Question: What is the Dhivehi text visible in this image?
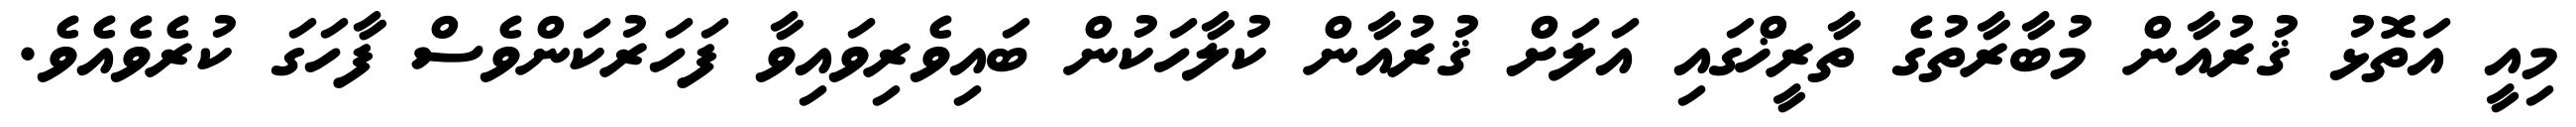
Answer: މިއީ އަތޮޅު ޤުރުއާން މުބާރާތުގެ ތާރީޚްގައި އަލަށް ޤުރުއާން ކުލާހަކުން ބައިވެރިވައިވާ ފަހަރުކަންވެސް ފާހަގަ ކުރެވެއެވެ.